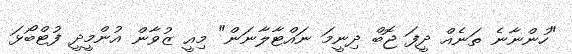
"ހުންނާނެ ތަނެއް ދީފަ ޖޮބް ދިނީމަ ނައްޓާލާނަން" މިއީ ޒުވާން އުންމީދީ ފުޓްބޯޅަ